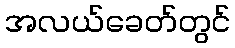
အလယ်ခေတ်တွင်